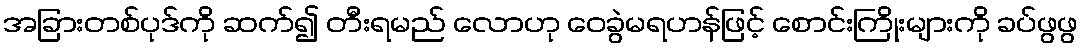
အခြားတစ်ပုဒ်ကို ဆက်၍ တီးရမည် လောဟု ဝေခွဲမရဟန်ဖြင့် စောင်းကြိုးများကို ခပ်ဖွဖွ